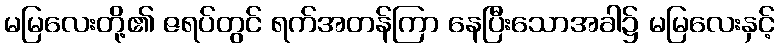
မမြလေးတို့၏ ဇရပ်တွင် ရက်အတန်ကြာ နေပြီးသောအခါ၌ မမြလေးနှင့်